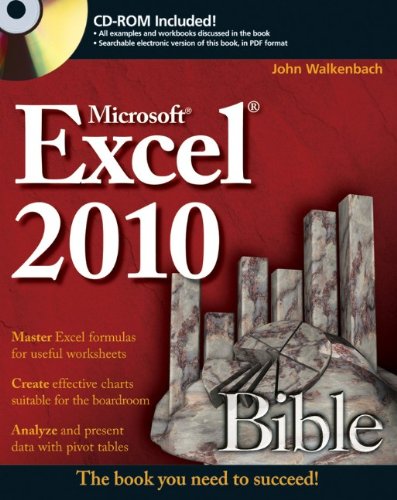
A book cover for Excel 2010 Bible; John Walkenbach; Computers & Technology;